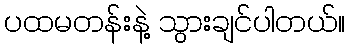
ပထမတန်းနဲ့ သွားချင်ပါတယ်။